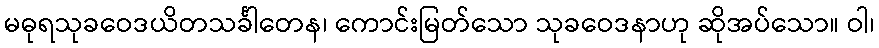
မဓုရသုခဝေဒယိတသင်္ခါတေန၊ ကောင်းမြတ်သော သုခဝေဒနာဟု ဆိုအပ်သော။ ဝါ၊